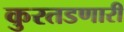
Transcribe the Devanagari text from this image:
कुरतडणारी